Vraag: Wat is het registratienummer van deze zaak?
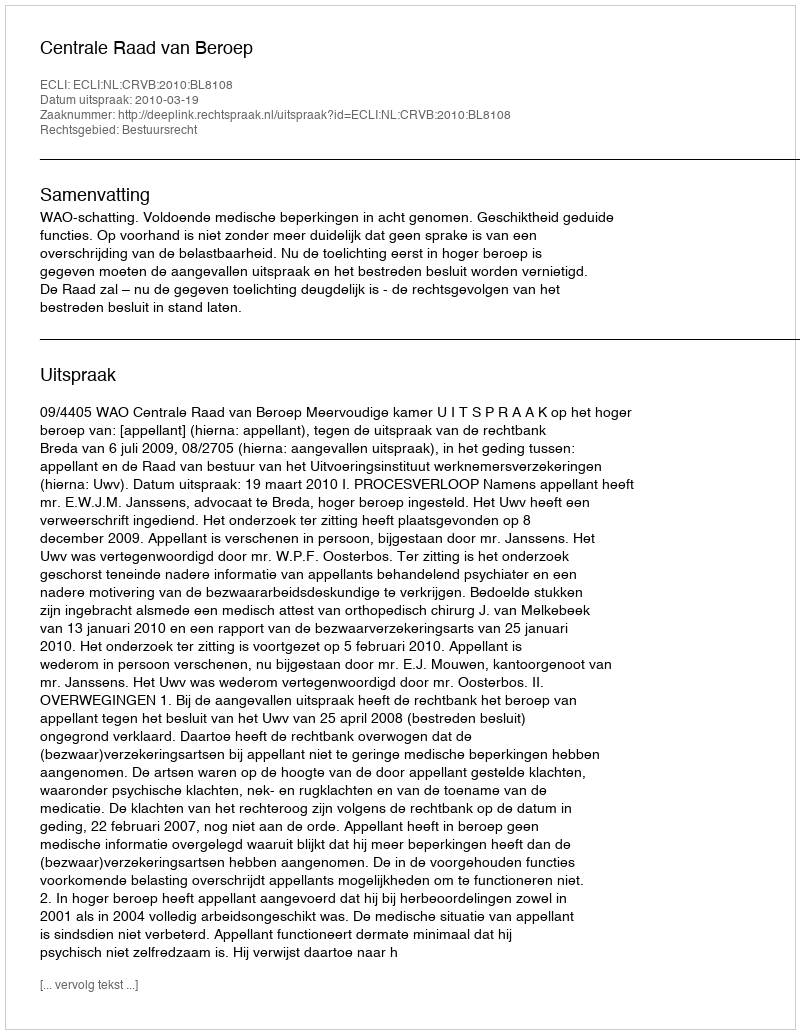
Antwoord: http://deeplink.rechtspraak.nl/uitspraak?id=ECLI:NL:CRVB:2010:BL8108